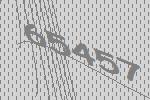
65457